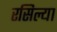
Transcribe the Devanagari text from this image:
रसिल्या